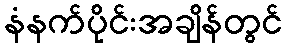
နံနက်ပိုင်းအချိန်တွင်